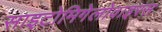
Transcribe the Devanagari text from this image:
साइटोमिगेलोवाइरस